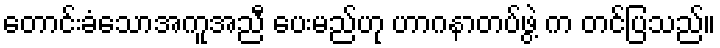
တောင်းခံသောအကူအညီ ပေးမည်ဟု ဟာဂနာတပ်ဖွဲ့ က တင်ပြသည်။